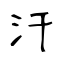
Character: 汗